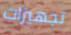
تجهيزات